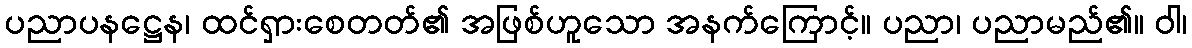
ပညာပနဋ္ဌေန၊ ထင်ရှားစေတတ်၏ အဖြစ်ဟူသော အနက်ကြောင့်။ ပညာ၊ ပညာမည်၏။ ဝါ၊